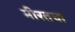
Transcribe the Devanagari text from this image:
मीरतचा